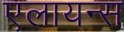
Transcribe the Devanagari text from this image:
एलायन्स